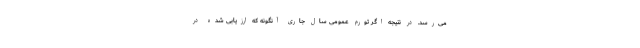
می‌رسد. در نتیجه اگر تورم عمومی سال جاری آنگونه که ارزیابی شده در